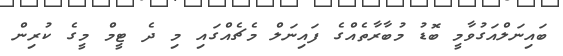
ބައިނަލްއަގުވާމީ ބޮޑު މުބާރާތެއްގެ ފައިނަލް މެޗެއްގައި މި ދެ ޓީމް މީގެ ކުރިން